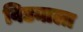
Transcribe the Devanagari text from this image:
विड्याला